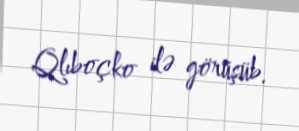
Qlıboçko ilə görüşüb.